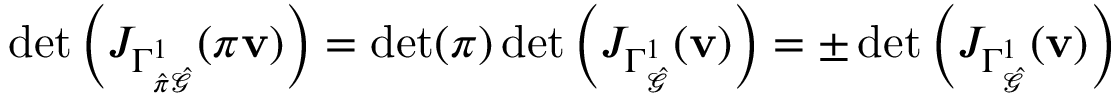
\operatorname* { d e t } \left( J _ { \Gamma _ { \hat { \pi } \hat { \mathcal { G } } } ^ { 1 } } ( \pi \mathbf { v } ) \right) = \operatorname* { d e t } ( \boldsymbol { \pi } ) \operatorname* { d e t } \left( J _ { \Gamma _ { \hat { \mathcal { G } } } ^ { 1 } } ( \mathbf { v } ) \right) = \pm \operatorname* { d e t } \left( J _ { \Gamma _ { \hat { \mathcal { G } } } ^ { 1 } } ( \mathbf { v } ) \right)